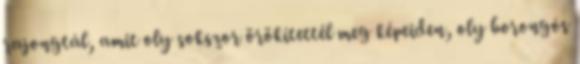
rajongtál, amit oly sokszor örökítettél meg képeiden, oly borongós